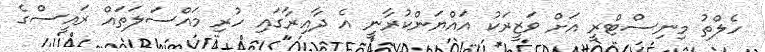
ހެލްތު މިނިސްޓްރީ އަށް ވަޒީރަކު އައްޔަންކުރާނީ އެ ދާއިރާގައި ހުރި މައްސަލަތައް ރައީސްގެ